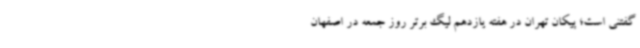
گفتنی است؛ پیکان تهران در هفته یازدهم لیگ برتر روز جمعه در اصفهان